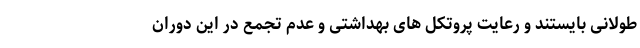
طولانی بایستند و رعایت پروتکل های بهداشتی و عدم تجمع در این دوران